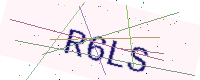
Text: R6LS